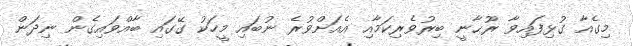
މިގެއާ ގުޅިފައިވާ ރޫޙާނީ ބިރުވެރިކަމާއި އެއަށްވުރެ ނުބައި މީހަކު ގޭގައި ބާއްވައިގެން ނިދަން